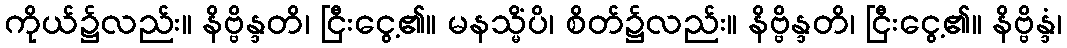
ကိုယ်၌လည်း။ နိဗ္ဗိန္ဒတိ၊ ငြီးငွေ့၏။ မနသ္မိံပိ၊ စိတ်၌လည်း။ နိဗ္ဗိန္ဒတိ၊ ငြီးငွေ့၏။ နိဗ္ဗိန္ဒံ၊